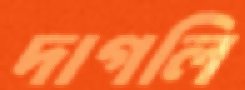
দাগলি